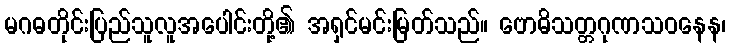
မဂဓတိုင်းပြည်သူလူအပေါင်းတို့၏ အရှင်မင်းမြတ်သည်။ ဗောဓိသတ္တဂုဏသဝနေန၊